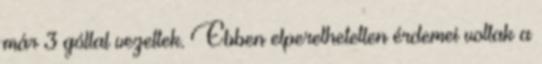
már 3 góllal vezettek. Ebben elperelhetetlen érdemei voltak a